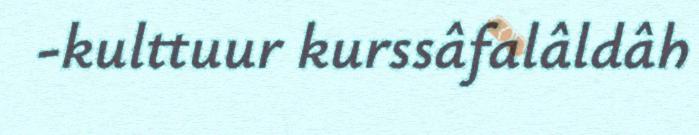
-kulttuur kurssâfalâldâh